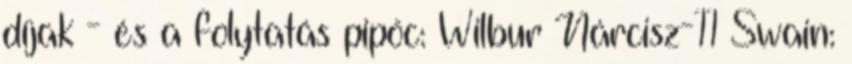
díjak - és a folytatás pipőc: Wilbur Nárcisz-11 Swain: